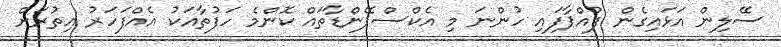
ސޭލިން އަޅައިގެން ފުއްޕާފައި ހުންނަ މި އެކްސްޕޭންޑާތައް ކޮންމެ ހަފުތާއަކު އެއްފަހަރު އިތުރަށް